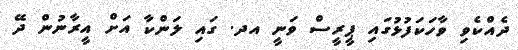
ދެއްކެވި ވާހަކަފުޅުގައި ޕީރީސް ވަނީ އދ. ގައި ލަންކާ އަށް އީރާނުން ދޭ